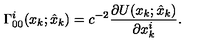
\Gamma _ { 0 0 } ^ { i } ( x _ { k } ; \hat { x } _ { k } ) = c ^ { - 2 } \frac { \partial U ( x _ { k } ; \hat { x } _ { k } ) } { \partial x _ { k } ^ { i } } .